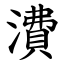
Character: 㵒